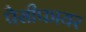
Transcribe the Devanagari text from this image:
पैसीफायर